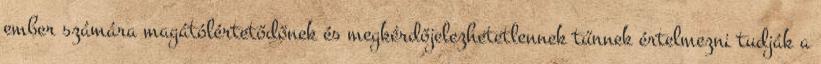
ember számára magátólértetődőnek és megkérdőjelezhetetlennek tűnnek értelmezni tudják a